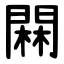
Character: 䦥